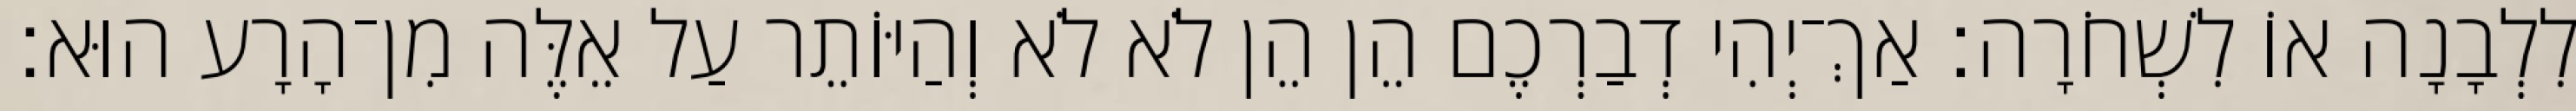
לִלְבָנָה אוֹ לִשְׁחֹרָה׃ אַךְ־יְהִי דְבַרְכֶם הֵן הֵן לֹא לֹא וְהַיּוֹתֵר עַל אֵלֶּה מִן־הָרָע הוּא׃